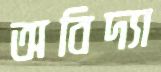
অবিদ্যা